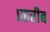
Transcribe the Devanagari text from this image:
।करीब